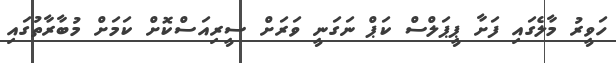
ހަވީރު މާލެގައި ފަށާ ޕީޕަލްސް ކަޕް ނަގަނީ ވަރަށް ސީރިއަސްކޮށް ކަމަށް މުބާރާތުގައި